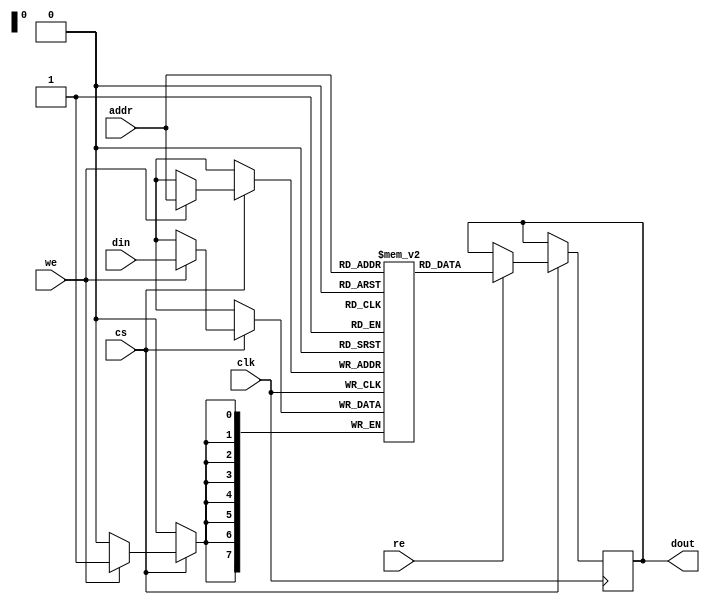
module sram #(
    parameter ADDR_WIDTH = 8,  // Number of address lines
    parameter WORD_SIZE = 8     // Width of each word in bits
)(
    input wire clk,             // Clock signal
    input wire cs,              // Chip Select
    input wire we,              // Write Enable
    input wire re,              // Read Enable
    input wire [ADDR_WIDTH-1:0] addr, // Address input
    input wire [WORD_SIZE-1:0] din,    // Data input
    output reg [WORD_SIZE-1:0] dout     // Data output
);

    // Memory array declaration
    reg [WORD_SIZE-1:0] memory [(2**ADDR_WIDTH)-1:0];

    // Synchronous read/write operations
    always @(posedge clk) begin
        if (cs) begin
            if (we) begin
                // Write data to memory
                memory[addr] <= din;
            end
            if (re) begin
                // Read data from memory
                dout <= memory[addr];
            end
        end
    end

endmodule